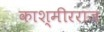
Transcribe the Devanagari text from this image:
काश्मीरराज